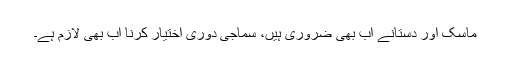
ماسک اور دستانے اب بھی ضروری ہیں، سماجی دوری اختیار کرنا اب بھی لازم ہے۔